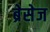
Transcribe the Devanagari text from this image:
ब्रेसेज